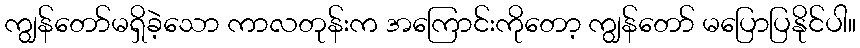
ကျွန်တော်မရှိခဲ့သော ကာလတုန်းက အကြောင်းကိုတော့ ကျွန်တော် မပြောပြနိုင်ပါ။